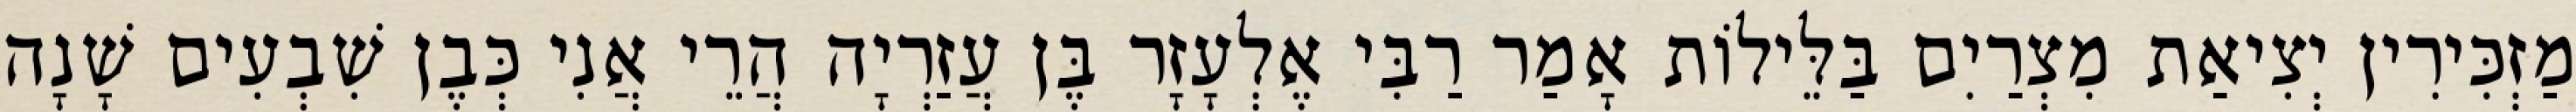
מַזְכִּירִין יְצִיאַת מִצְרַיִם בַּלֵּילוֹת אָמַר רַבִּי אֶלְעָזָר בֶּן עֲזַרְיָה הֲרֵי אֲנִי כְּבֶן שִׁבְעִים שָׁנָה